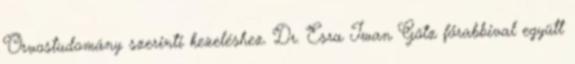
Orvostudomány szerinti kezeléshez. Dr. Esra Iwan Götz főrabbival együtt